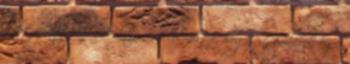
költözhet. Kókai Péter is elismerte, hogy “az emberek egy